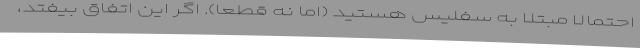
احتمالاً مبتلا به سفلیس هستید (اما نه قطعاً). اگر این اتفاق بیفتد،